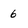
Character: 6